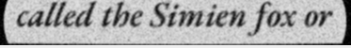
called the Simien fox or